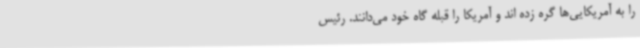
را به آمریکایی‌ها گره زده اند و آمریکا را قبله گاه خود می‌دانند. رئیس